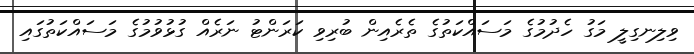
ވިލިނގިލީ މަގު ހެދުމުގެ މަސައްކަތުގެ ތެރެއިން ބުރިވި ކަރަންޓު ނަރެއް ގުޅުވުމުގެ މަސައްކަތުގައި